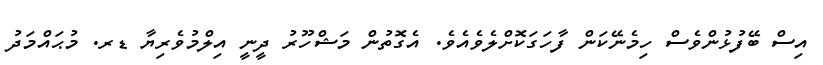
އިސް ބޭފުޅުންވެސް ހިމެނޭކަން ފާހަގަކޮށްލެވެއެވެ. އެގޮތުން މަޝްހޫރު ދީނީ އިލްމުވެރިޔާ ޑރ. މުޙައްމަދު